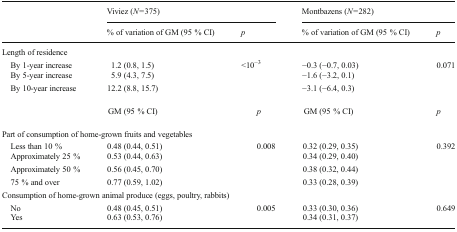
<table><thead><tr><td rowspan="2"></td><td colspan="2"><b>Viviez (<i>N</i> = 375)</b></td><td colspan="2"><b>Montbazens (<i>N</i> = 282)</b></td></tr><tr><td><b>% of variation of GM (95 % CI)</b></td><td><b><i>p</i></b></td><td><b>% of variation of GM (95 % CI)</b></td><td><b><i>p</i></b></td></tr></thead><tbody><tr><td colspan="5">Length of residence</td></tr><tr><td> By 1-year increase</td><td>1.2 (0.8, 1.5)</td><td rowspan="3">&lt;10<sup>−3</sup></td><td>−0.3 (−0.7, 0.03)</td><td rowspan="3">0.071</td></tr><tr><td> By 5-year increase</td><td>5.9 (4.3, 7.5)</td><td>−1.6 (−3.2, 0.1)</td></tr><tr><td> By 10-year increase</td><td>12.2 (8.8, 15.7)</td><td>−3.1 (−6.4, 0.3)</td></tr><tr><td></td><td>GM (95 % CI)</td><td><i>p</i></td><td>GM (95 % CI)</td><td><i>p</i></td></tr><tr><td colspan="5">Part of consumption of home-grown fruits and vegetables</td></tr><tr><td> Less than 10 %</td><td>0.48 (0.44, 0.51)</td><td rowspan="4">0.008</td><td>0.32 (0.29, 0.35)</td><td rowspan="4">0.392</td></tr><tr><td> Approximately 25 %</td><td>0.53 (0.44, 0.63)</td><td>0.34 (0.29, 0.40)</td></tr><tr><td> Approximately 50 %</td><td>0.56 (0.45, 0.70)</td><td>0.38 (0.32, 0.44)</td></tr><tr><td> 75 % and over</td><td>0.77 (0.59, 1.02)</td><td>0.33 (0.28, 0.39)</td></tr><tr><td colspan="5">Consumption of home-grown animal produce (eggs, poultry, rabbits)</td></tr><tr><td> No</td><td>0.48 (0.45, 0.51)</td><td rowspan="2">0.005</td><td>0.33 (0.30, 0.36)</td><td rowspan="2">0.649</td></tr><tr><td> Yes</td><td>0.63 (0.53, 0.76)</td><td>0.34 (0.31, 0.37)</td></tr></tbody></table>